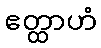
ဧတ္ထာဟံ